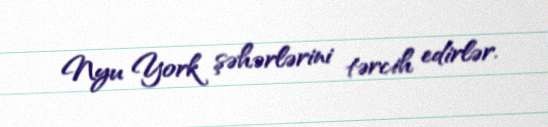
Nyu York şəhərlərini tərcih edirlər.